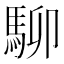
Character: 駠